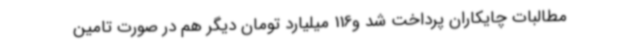
مطالبات چایکاران پرداخت شد و116 میلیارد تومان دیگر هم در صورت تامین